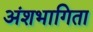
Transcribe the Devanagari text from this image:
अंशभागिता